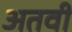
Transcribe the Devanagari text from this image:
अतवी